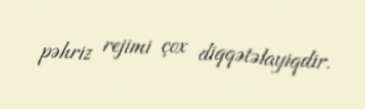
pəhriz rejimi çox diqqətəlayiqdir.